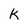
Character: K